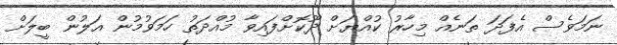
ނަމަވެސް އެފަދަ ތަނެއް މިހާރު ކުއްޔަށް ދޫކޮށްފައިވާ މުއްދަތު ހަމަވުމުން އަލުން ބީލަށް